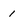
Character: 1